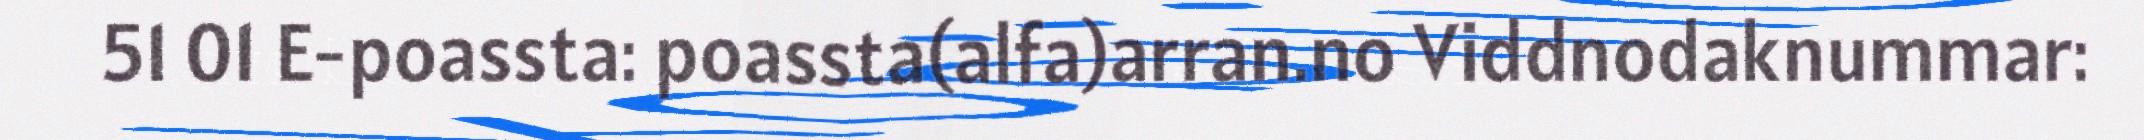
51 01 E-poassta: poassta(alfa)arran.no Viddnodaknummar: